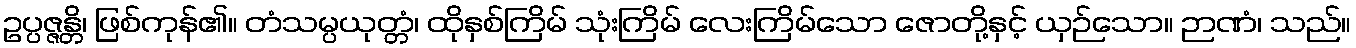
ဥပ္ပဇ္ဇန္တိ၊ ဖြစ်ကုန်၏။ တံသမ္ပယုတ္တံ၊ ထိုနှစ်ကြိမ် သုံးကြိမ် လေးကြိမ်သော ဇောတို့နှင့် ယှဉ်သော။ ဉာဏံ၊ သည်။